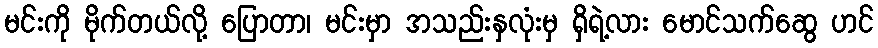
မင်းကို မိုက်တယ်လို့ ပြောတာ၊ မင်းမှာ အသည်းနှလုံးမှ ရှိရဲ့လား မောင်သက်ဆွေ ဟင်